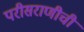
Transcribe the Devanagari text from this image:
परीसराणीची